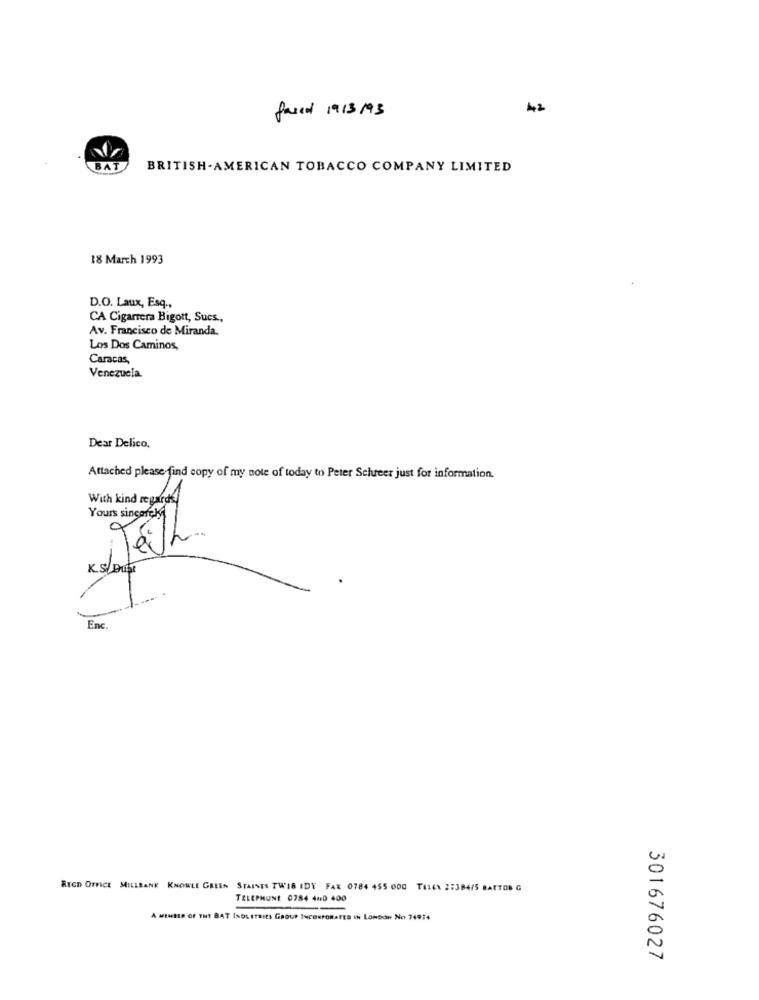
Javed 19/3/93
42
BAT
BRITISH . AMERICAN TOBACCO COMPANY LIMITED
18 March 1993
D.O. Laux, Esq .,
CA Cigarrera Bigott, Sucs,
Av. Francisco de Miranda.
Los Dos Caminos,
Caracas,
Venezuela
Dear Delico.
Attached please find copy of my note of today to Peter Scheer just for information.
With kind regards
Enc.
REED OFFICE MILLBANK KNOWLE GREEN STAINES TWIS IDY FAX 0784 455 000 TELEK 27384/5 BATTOR G
TELEPHONE 0784 400 400
A MINHA OF THE BAT INDUSTRIES GROUP INCORPORATES IN LONDON NO 74974
301676027